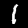
Digit: 1